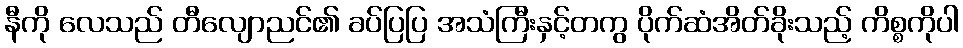
နီကို လေသည် တီလျောညင်၏ ခပ်ပြပြ အသံကြီးနှင့်တကွ ပိုက်ဆံအိတ်ခိုးသည့် ကိစ္စကိုပါ